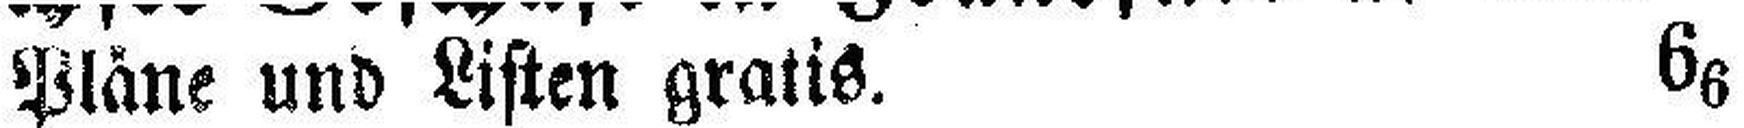
Pläne und Listen gratis. 66